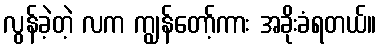
လွန်ခဲ့တဲ့ လက ကျွန်တော့်ကား အခိုးခံရတယ်။